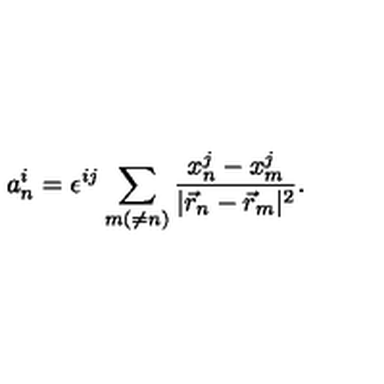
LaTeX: a _ { n } ^ { i } = \epsilon ^ { i j } \sum _ { m ( \neq n ) } \frac { x _ { n } ^ { j } - x _ { m } ^ { j } } { | \vec { r } _ { n } - \vec { r } _ { m } | ^ { 2 } } .